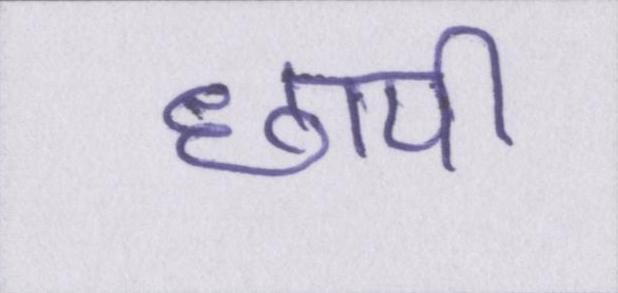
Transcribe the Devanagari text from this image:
छापी